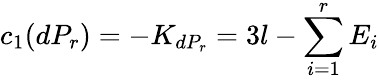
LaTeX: c_{1}(dP_{r})=-K_{dP_{r}}=3l-\sum_{i=1}^{r}{E_{i}}